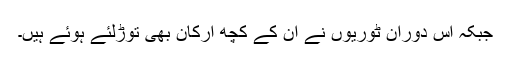
جبکہ اس دوران ٹوریوں نے ان کے کچھ ارکان بھی توڑلئے ہوئے ہیں۔